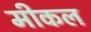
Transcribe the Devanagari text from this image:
मीकल